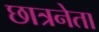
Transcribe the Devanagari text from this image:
छात्रनेता